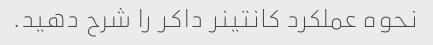
نحوه عملکرد کانتینر داکر را شرح دهید.